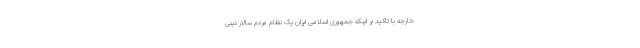
خارجه با تاکید بر اینکه جمهوری اسلامی ایران یک نظام مردم سالار دینی